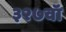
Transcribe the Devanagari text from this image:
३२७वॉ